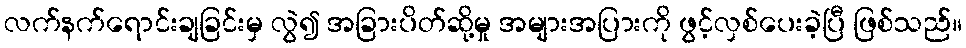
လက်နက်ရောင်းချခြင်းမှ လွဲ၍ အခြားပိတ်ဆို့မှု အများအပြားကို ဖွင့်လှစ်ပေးခဲ့ပြီ ဖြစ်သည်။